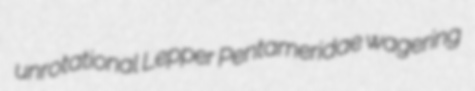
unrotational Lepper Pentameridae wagering